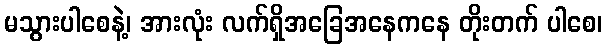
မသွားပါစေနဲ့၊ အားလုံး လက်ရှိအခြေအနေကနေ တိုးတက် ပါစေ၊